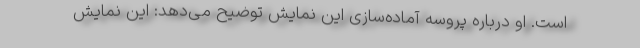
است. او درباره پروسه آماده‌سازی این نمایش توضیح می‌دهد: این نمایش